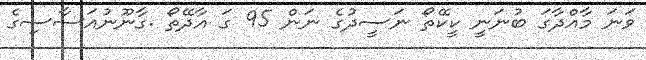
ވަނަ މާއްދާގަ ބުނަނީ ކީކޭތޯ ނަސީދުގެ ނަން 95 ގަ އާދޭތޯ .ގާނޫނުއަސާސިގެ